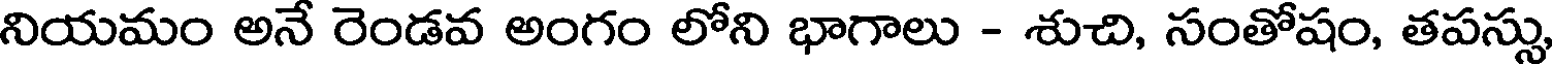
నియమం అనే రెండవ అంగం లోని భాగాలు - శుచి, సంతోషం, తపస్సు